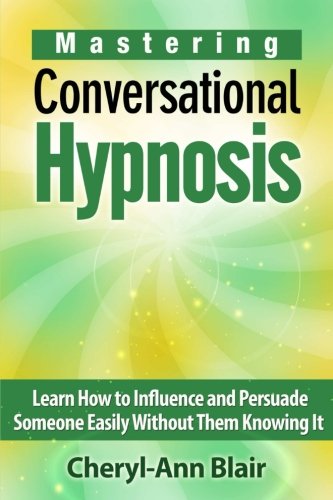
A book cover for Mastering Conversational Hypnosis: Learn How to Influence and Persuade Someone Easily Without Them Knowing It; Cheryl-Ann Blair; Self-Help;